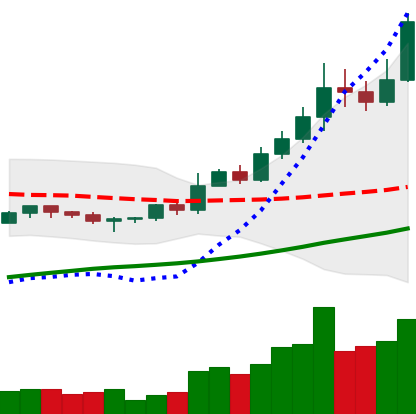
Ticker: BNB-USD
Chart end date: 2022-11-04
Forward return: -24.704%
Label: down_7plus